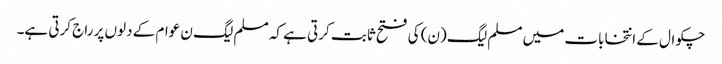
چکوال کے انتخابات میں مسلم لیگ (ن) کی فتح ثابت کرتی ہے کہ مسلم لیگ ن عوام کے دلوں پر راج کرتی ہے۔